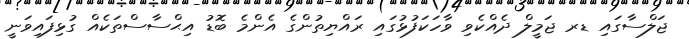
ޖަލްސާގައި ޑރ ޖަމީލް ދެއްކެވި ވާހަކަފުޅުގައި ރައްޔިތުންގެ އެންމެ ބޮޑު އިޙްސާސްތަކެއް ގުޅިފައިވަނީ